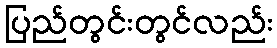
ပြည်တွင်းတွင်လည်း